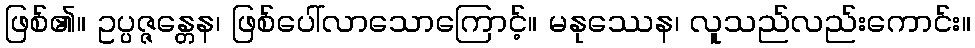
ဖြစ်၏။ ဥပ္ပဇ္ဇန္တေန၊ ဖြစ်ပေါ်လာသောကြောင့်။ မနုဿေန၊ လူသည်လည်းကောင်း။